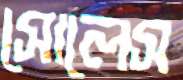
সোলেস